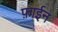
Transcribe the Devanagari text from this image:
फ़ाईन